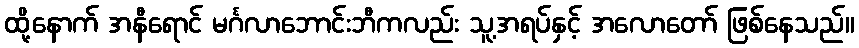
ထို့နောက် အနီရောင် မင်္ဂလာဘောင်းဘီကလည်း သူ့အရပ်နှင့် အလောတော် ဖြစ်နေသည်။